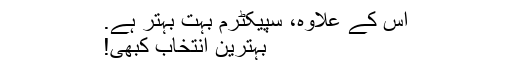
اس کے علاوہ، سپیکٹرم بہت بہتر ہے.
بہترین انتخاب کبھی!